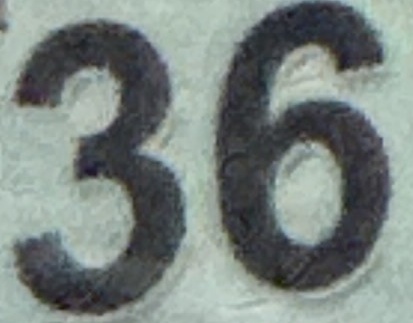
36